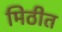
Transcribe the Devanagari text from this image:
मिठीत